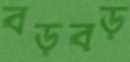
বড়বড়